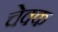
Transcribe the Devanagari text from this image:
चेक्क